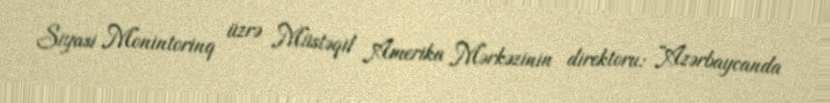
Siyasi Monintorinq üzrə Müstəqil Amerika Mərkəzinin direktoru: “Azərbaycanda